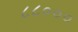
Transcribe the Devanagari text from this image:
८८०००